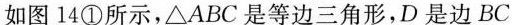
如图14①所示，\triangleABC是等边三角形，D是边BC